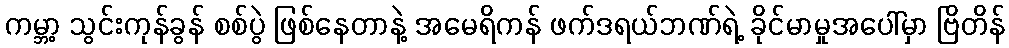
ကမ္ဘာ့ သွင်းကုန်ခွန် စစ်ပွဲ ဖြစ်နေတာနဲ့ အမေရိကန် ဖက်ဒရယ်ဘဏ်ရဲ့ ခိုင်မာမှုအပေါ်မှာ ဗြိတိန်